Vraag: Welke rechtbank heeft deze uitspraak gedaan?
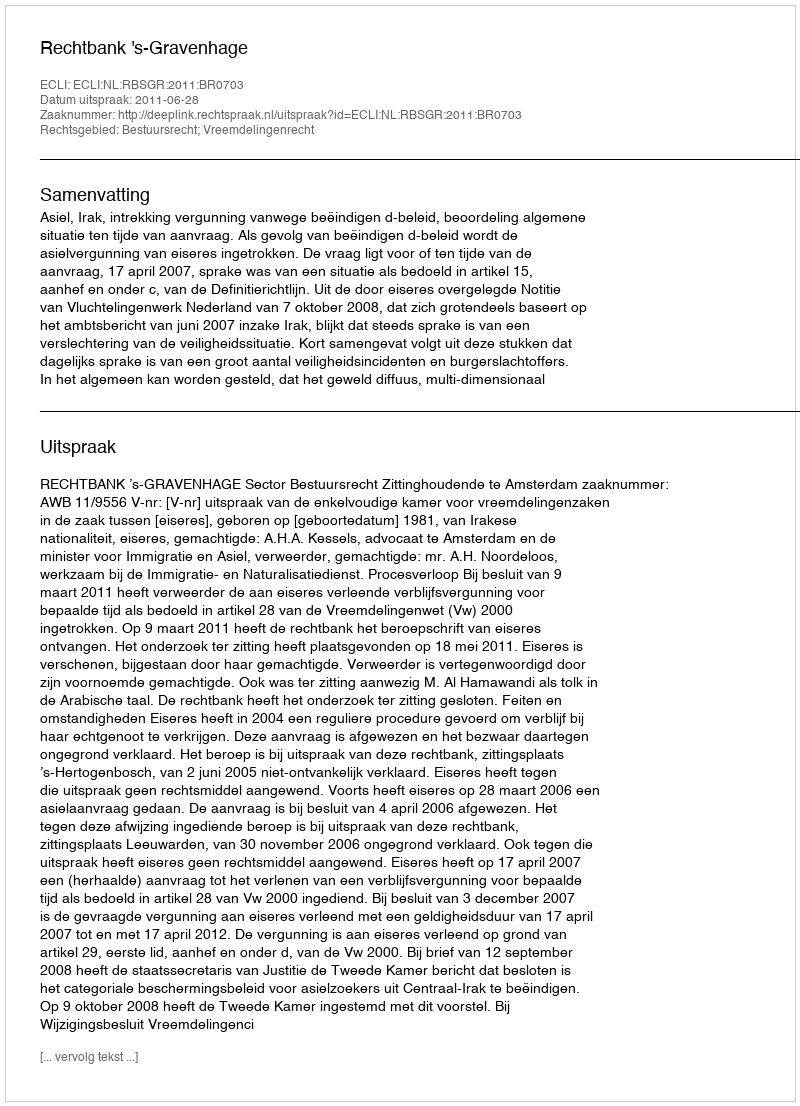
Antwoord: Rechtbank 's-Gravenhage